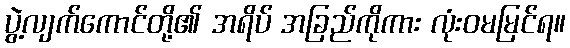
ပွဲ့လျက်ကောင်တို့၏ အရိပ် အခြည်ကိုကား လုံးဝမမြင်ရ။